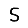
Digit: 5